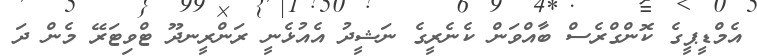
އެމްޑީޕީގެ ކޮންގްރެސް ބާއްވަން ކެނެރީގެ ނަޝީދު އެއުޅެނީ ރަންރީނދޫ ޓްވިޓަރޭ މެން ދަ